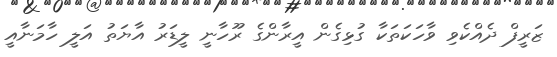
ޒަރީފް ދެއްކެވި ވާހަކަތަކާ ގުޅިގެން އީރާންގެ ރޫހާނީ ލީޑަރު އާޔަތު އަލީ ހާމަނާއީ